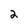
Character: 2